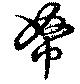
帑